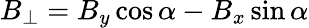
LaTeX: B_{\perp}=B_{y}\cos\alpha-B_{x}\sin\alpha